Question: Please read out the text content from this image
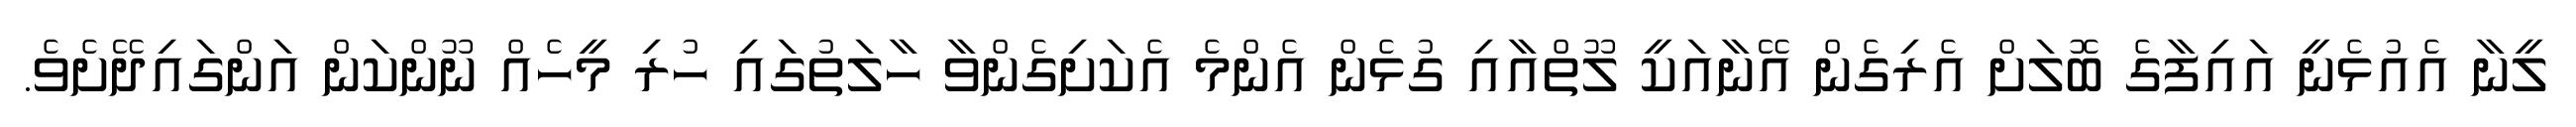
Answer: ލީނާ އެއުޅެނީ އައިފާގެ ބޮލަށް އެރިގެން އޭނާއަކީ ލޫތްއާއި ގުޅެން އެންމެ އެކަށިގެންވާ ހާލަތުގައި ހުރި މީހެއް ނޫންކަން އަންގައިދޭށެވެ.